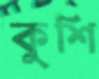
কুশি